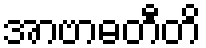
အာဗာဓတီတိ